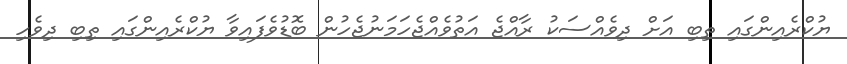
ޔުކްރެއިންގައި ތިބި އަށް ދިވެއްސަކު ރާއްޖެ އަތުވެއްޖެހަމަނުޖެހުން ބޮޑުވެފައިވާ ޔުކްރެއިންގައި ތިބި ދިވެހި